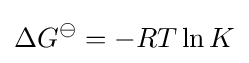
\Delta G^{\ominus }=-RT\ln K